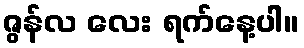
ဇွန်လ လေး ရက်နေ့ပါ။